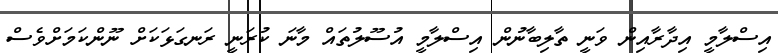
އިސްލާމީ އިދާރާއިން ވަނީ ތާލިބާނުން އިސްލާމީ އުސޫލުތައް މާނަ ކުރަނީ ރަނގަޅަކަށް ނޫންކަމަށްވެސް